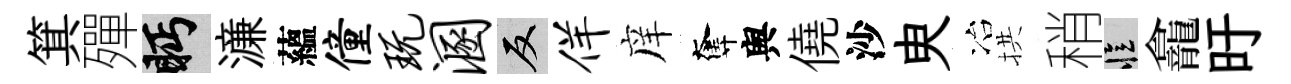
箕殫眄濓蘊僮玩溷反佯庠奪舆僥沙㬰冶拱稍忆龕旴